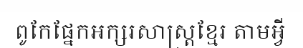
ពូកែផ្នែកអក្សរសាស្ត្រខ្មែរ តាមអ្វី